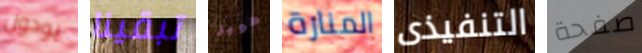
يودون تبقينا هوبز المنارة التنفيذى صفحة